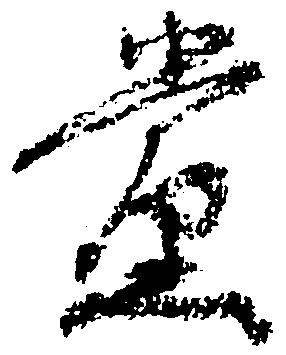
党